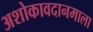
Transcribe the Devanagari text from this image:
अशोकावदानमाला